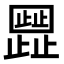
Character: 𬆐